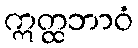
ဣတ္ထဘာဝံ